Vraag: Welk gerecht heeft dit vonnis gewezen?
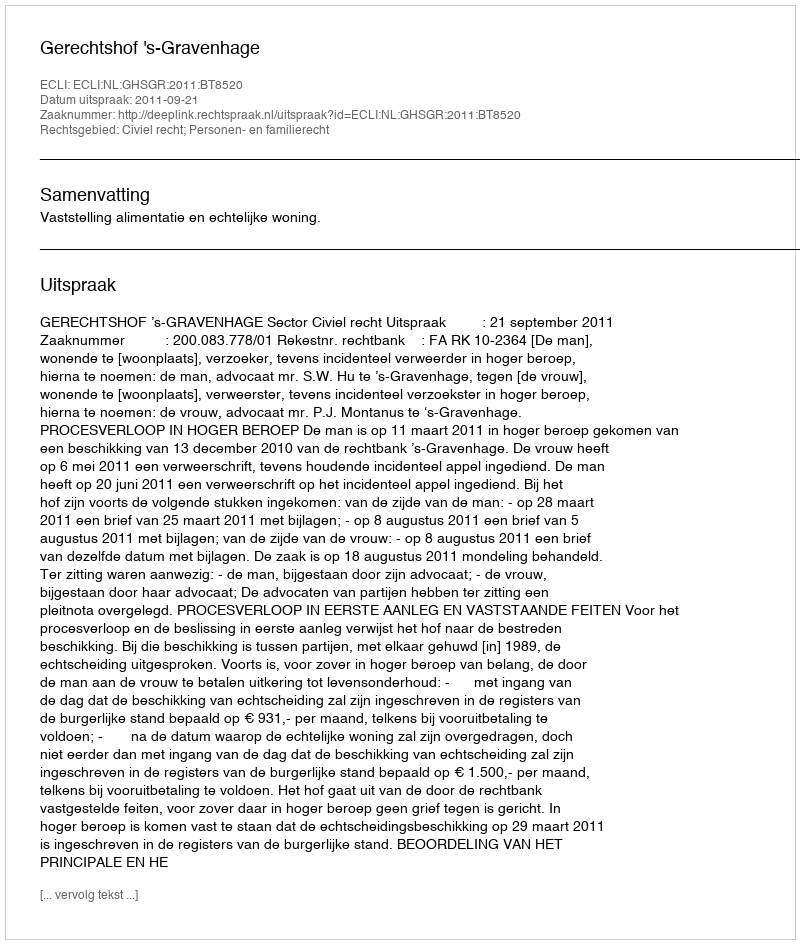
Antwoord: Gerechtshof 's-Gravenhage